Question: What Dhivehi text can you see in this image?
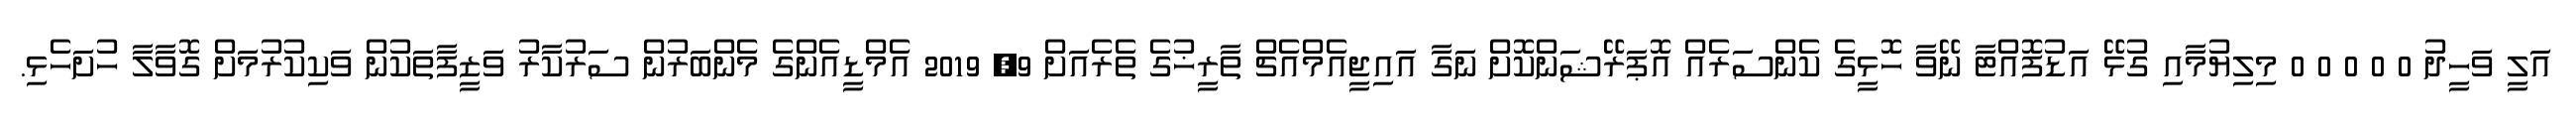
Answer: އަލީ ވަހީދު 0 0 0 0 0 މިލިޔުމާއި ގުޅޭ އަޑުފޮއްޓާ ނޭވާ ހޮޅީގެ ކެންސަރެއް އޮޕަރޭޝަންކޮށް ނަގާ އައިޖީއެމްއެޗް ތާރީޚުގެ ތެރެއަށް 9, 2019 އެމްޑީއެންގެ މެންބަރުން ސަރުކާރު ވަޒީފާތަކުން ވަކިކުރުމަށް ގޮވާލާ ހުށަހެޅި.